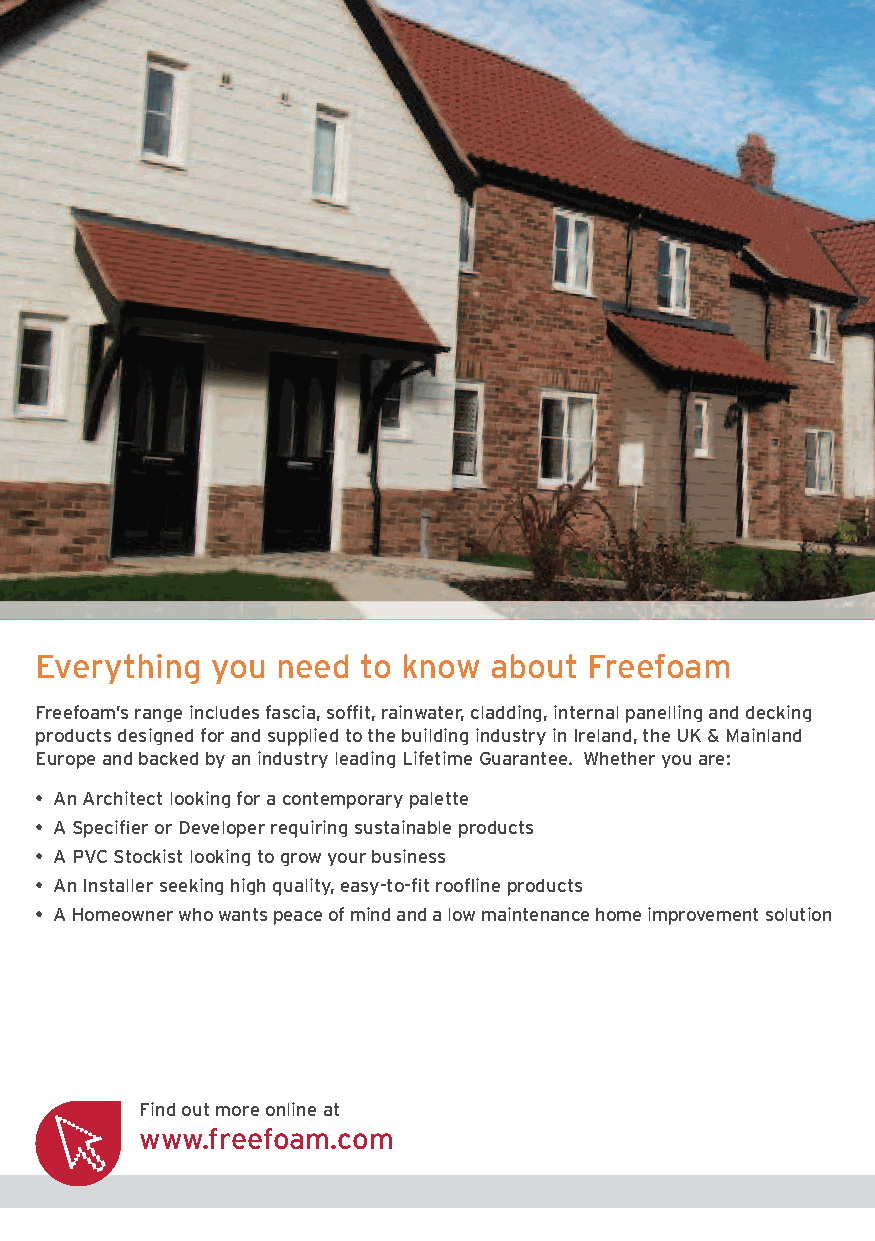
Everything you  need to know  about Freefoam
 Freefoam’s range includes fascia, soffit, rainwater, cladding, internal panelling and decking
 products designed for and supplied to the building industry in Ireland, the UK & Mainland
 Europe and backed by an industry leading Lifetime Guarantee. Whether you are:
 • An Architect looking for a contemporary palette
 • A Specifier or Developer requiring sustainable products
 • A PVC Stockist looking to grow your business
 • An Installer seeking high quality, easy-to-fit roofline products
 • A Homeowner who wants peace of mind and a low maintenance home improvement solution
 Find out more online at
 www.freefoam.com
 J3920-Freefoam A5 Catalogue-150316-v2.indd 4     15/03/2016 16:40